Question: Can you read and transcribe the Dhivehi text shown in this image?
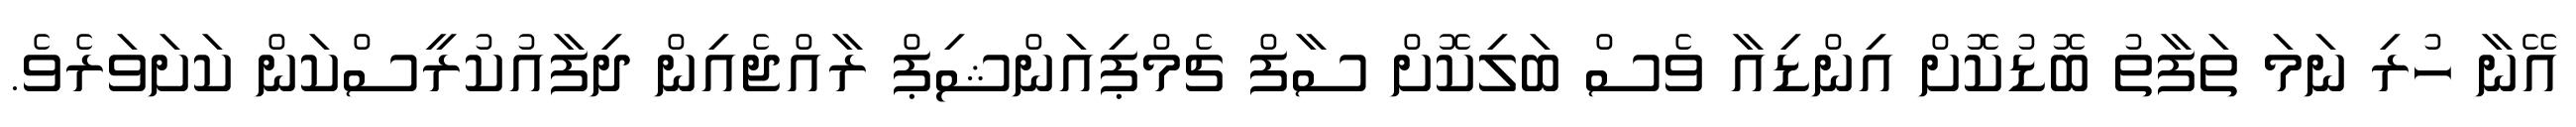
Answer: އޭނާ ހުރި ނަމަ ތަފާތު ބޮޑުކޮށް އިންޑިއާ ވެސް ބަލިކޮށް ސާފް ޗެމްޕިއަންޝިޕް ރާއްޖެއިން ދިފާއުކުރީސްކަން ކަށަވަރެވެ.